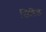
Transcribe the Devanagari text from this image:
जिलैंड